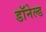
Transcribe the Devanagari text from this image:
डॉनेल्ड